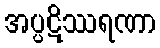
အပ္ပဋိဿရဏာ